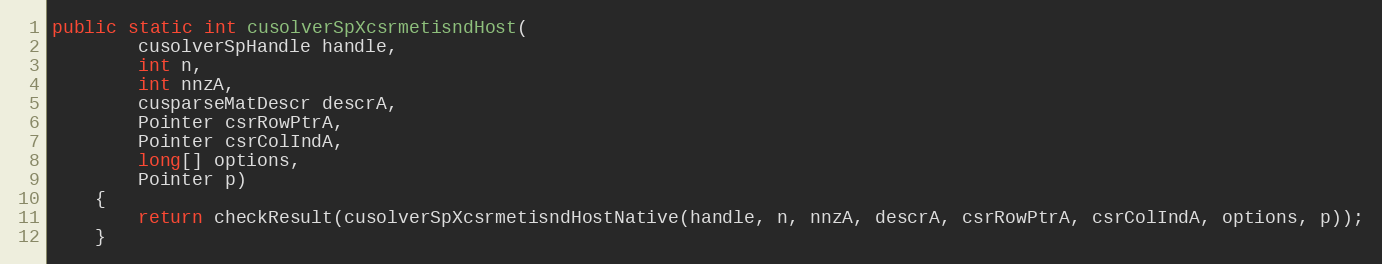
Language: Java
public static int cusolverSpXcsrmetisndHost(
        cusolverSpHandle handle,
        int n,
        int nnzA,
        cusparseMatDescr descrA,
        Pointer csrRowPtrA,
        Pointer csrColIndA,
        long[] options,
        Pointer p)
    {
        return checkResult(cusolverSpXcsrmetisndHostNative(handle, n, nnzA, descrA, csrRowPtrA, csrColIndA, options, p));
    }